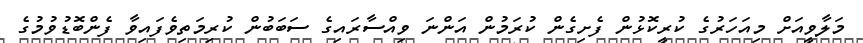
މަލާވީއަށް މިއަހަރުގެ ކުރީކޮޅުން ފެށިގެން ކުރަމުން އަންނަ ވިއްސާރައިގެ ސަބަބުން ކުރިމަތިވެފައިވާ ފެންބޮޑުވުމުގެ